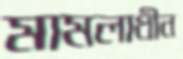
মামলাধীন